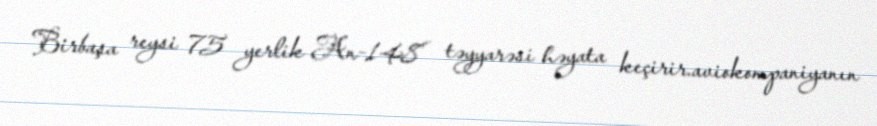
Birbaşa reysi 75 yerlik An-148 təyyarəsi həyata keçirir.aviokompaniyanın